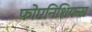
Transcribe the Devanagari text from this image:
फोएनिशियन्स